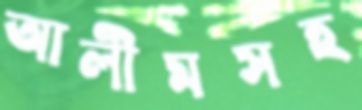
আলীমসহ